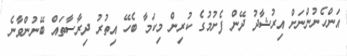
އަންހެނުންނަށް އިރުޝާދު ދޭން ފެށުމުގެ ކުރިން މިކަމާ ބެހޭ އިތުރު ދިރާސާތައް ބޭނުންވާނެ